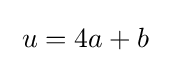
\;u=4a+b\;